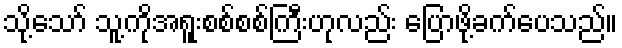
သို့သော် သူ့ကိုအရူးစစ်စစ်ကြီးဟုလည်း ပြောဖို့ခက်ပေသည်။